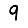
Digit: 9